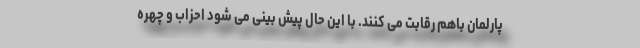
پارلمان باهم رقابت می کنند. با این حال پیش بینی می شود احزاب و چهره